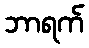
ဘာရက်